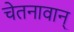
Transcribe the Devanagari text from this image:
चेतनावान्‌